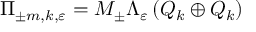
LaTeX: \Pi _ { \pm m , k , \varepsilon } = M _ { \pm } \Lambda _ { \varepsilon } \left( Q _ { k } \oplus Q _ { k } \right)